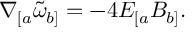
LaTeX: \nabla _ { [ a } \widetilde { \omega } _ { b ] } = - 4 E _ { [ a } B _ { b ] } .